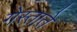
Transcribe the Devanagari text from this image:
गेस्ताते